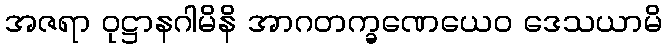
အဇရာ ဝုဋ္ဌာနဂါမိနိ အာဂတက္ခဏေယေဝ ဒေသယာမိ